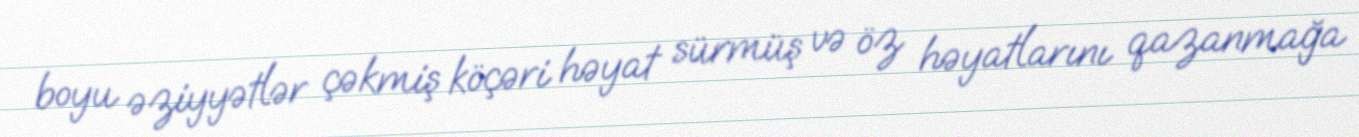
boyu əziyyətlər çəkmiş köçəri həyat sürmüş və öz həyatlarını qazanmağa